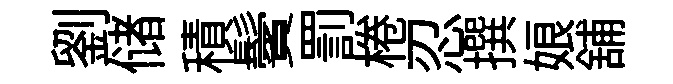
劉储積鬢罰棬忍撰娘舖